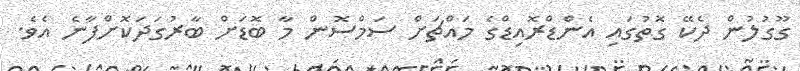
ގޫގުލުން ދެކޭ ގޮތުގައި އެންޑްރޮއިޑްގެ މައްޗަށް ސަމްސޮން މާ ބޮޑަށް ބާރުގަދަކޮށްފާނެ އެވެ.